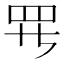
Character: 𱺵